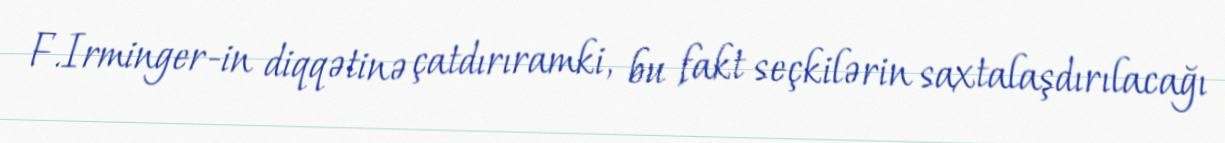
F.Irminger-in diqqətinə çatdırıramki, bu fakt seçkilərin saxtalaşdırılacağı